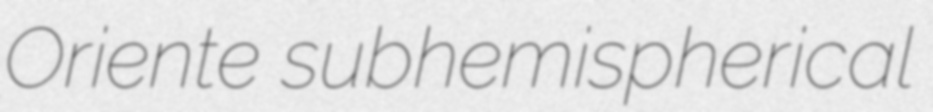
Oriente subhemispherical